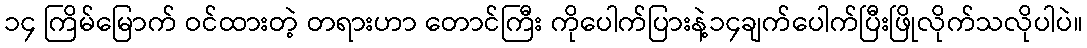
၁၄ ကြိမ်မြောက် ဝင်ထားတဲ့ တရားဟာ တောင်ကြီး ကိုပေါက်ပြားနဲ့၁၄ချက်ပေါက်ပြီးဖြိုလိုက်သလိုပါပဲ။